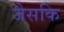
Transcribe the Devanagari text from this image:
जैसकि